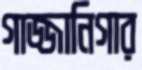
গাজ্জানিগার